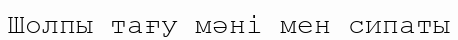
Шолпы тағу мәні мен сипаты